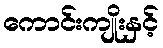
ကောင်းကျိုးနှင့်